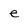
Character: e